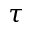
\tau